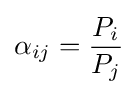
\alpha _{ij}={\frac {P_{i}}{P_{j}}}